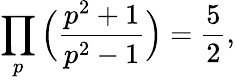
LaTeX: \prod_{p}{\Big(}{\frac{p^{2}+1}{p^{2}-1}}{\Big)}={\frac{5}{2}},